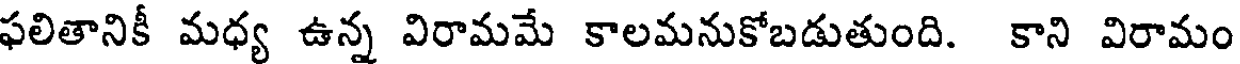
ఫలితానికీ మధ్య ఉన్న విరామమే కాలమనుకోబడుతుంది. కాని విరామం